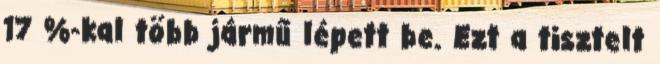
17 %-kal több jármű lépett be. Ezt a tisztelt